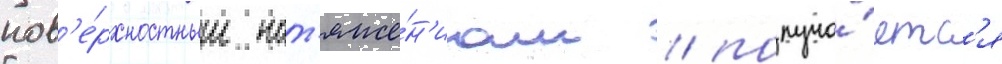
пов'е́рхностным нат'яже́н'иам / получа́етс'я